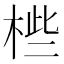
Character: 𣒄